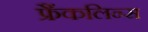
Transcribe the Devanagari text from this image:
फ्रैंकलिन्स